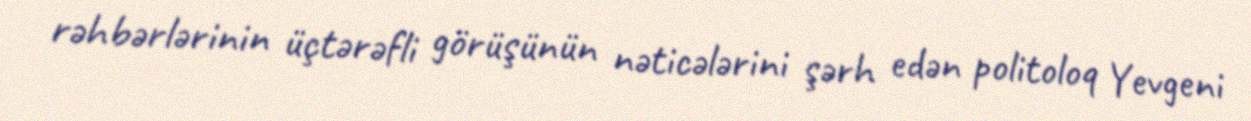
rəhbərlərinin üçtərəfli görüşünün nəticələrini şərh edən politoloq Yevgeni